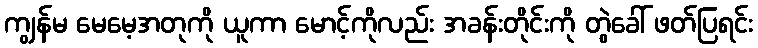
ကျွန်မ မေမေ့အတုကို ယူကာ မောင့်ကိုလည်း အခန်းတိုင်းကို တွဲခေါ် ဖတ်ပြရင်း